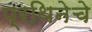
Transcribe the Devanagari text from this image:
प्रथिनेचे